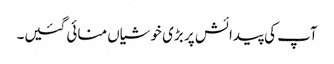
آپ کی پیدائش پر بڑی خوشیاں منائی گئیں۔